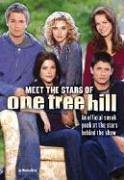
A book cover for One Tree Hill: Meet The Stars Of One Tree Hill; Monica Rizzo; Teen & Young Adult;